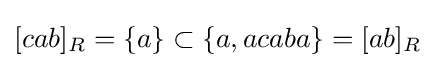
[cab]_{R}=\{a\}\subset \{a,acaba\}=[ab]_{R}